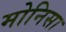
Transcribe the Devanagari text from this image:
मोनिसा